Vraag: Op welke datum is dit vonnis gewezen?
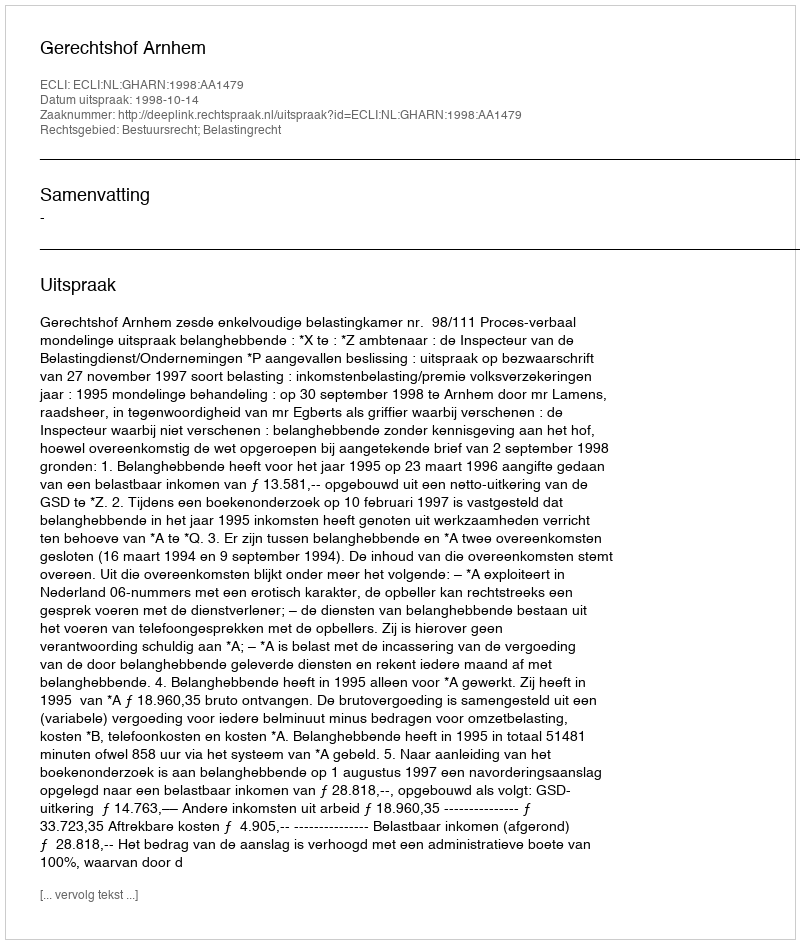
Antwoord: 1998-10-14